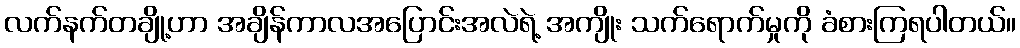
လက်နက်တချို့ဟာ အချိန်ကာလအပြောင်းအလဲရဲ့ အကျိုး သက်ရောက်မှုကို ခံစားကြရပါတယ်။